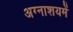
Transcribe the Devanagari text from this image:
अग्नाशयमें